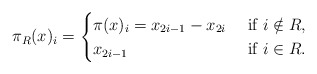
\begin{align*}\pi_{R}(x)_i = \begin{cases}\pi(x)_i = x_{2i-1} - x_{2i} &\textrm{ if } i \notin {R}, \\x_{2i-1} &\textrm{ if } i \in {R}. \\\end{cases}\end{align*}